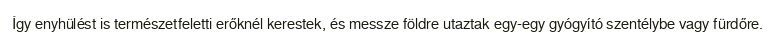
Így enyhülést is természetfeletti erőknél kerestek, és messze földre utaztak egy-egy gyógyító szentélybe vagy fürdőre.